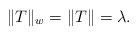
LaTeX: \begin{align*}\|T\|_w=\|T\|=\lambda.\end{align*}